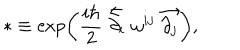
LaTeX: * \equiv \exp \left( \frac { i \hbar } { 2 } \stackrel { \leftarrow } { \partial _ { i } } \omega ^ { i j } \stackrel { \rightarrow } { \partial _ { j } } \right) ,